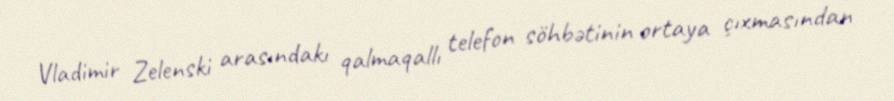
Vladimir Zelenski arasındakı qalmaqallı telefon söhbətinin ortaya çıxmasından